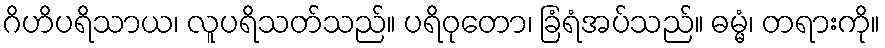
ဂိဟိပရိသာယ၊ လူပရိသတ်သည်။ ပရိဝုတော၊ ခြံရံအပ်သည်။ ဓမ္မံ၊ တရားကို။